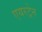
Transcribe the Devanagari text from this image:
एयरट्रेन